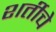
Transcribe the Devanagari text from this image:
शर्तीचे